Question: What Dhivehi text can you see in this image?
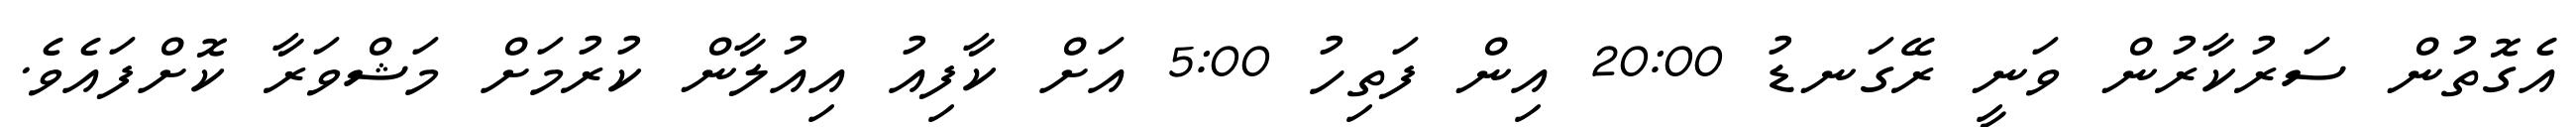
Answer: އެގޮތުން ސަރުކާރުން ވަނީ ރޭގަނޑު 20:00 އިން ފަތިހު 5:00 އަށް ކާފިއު އިއުލާން ކުރުމަށް މަޝްވަރާ ކޮށްފައެވެ.